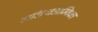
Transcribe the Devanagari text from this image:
ललिथअम्बिका